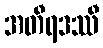
အတီရဒဿီ